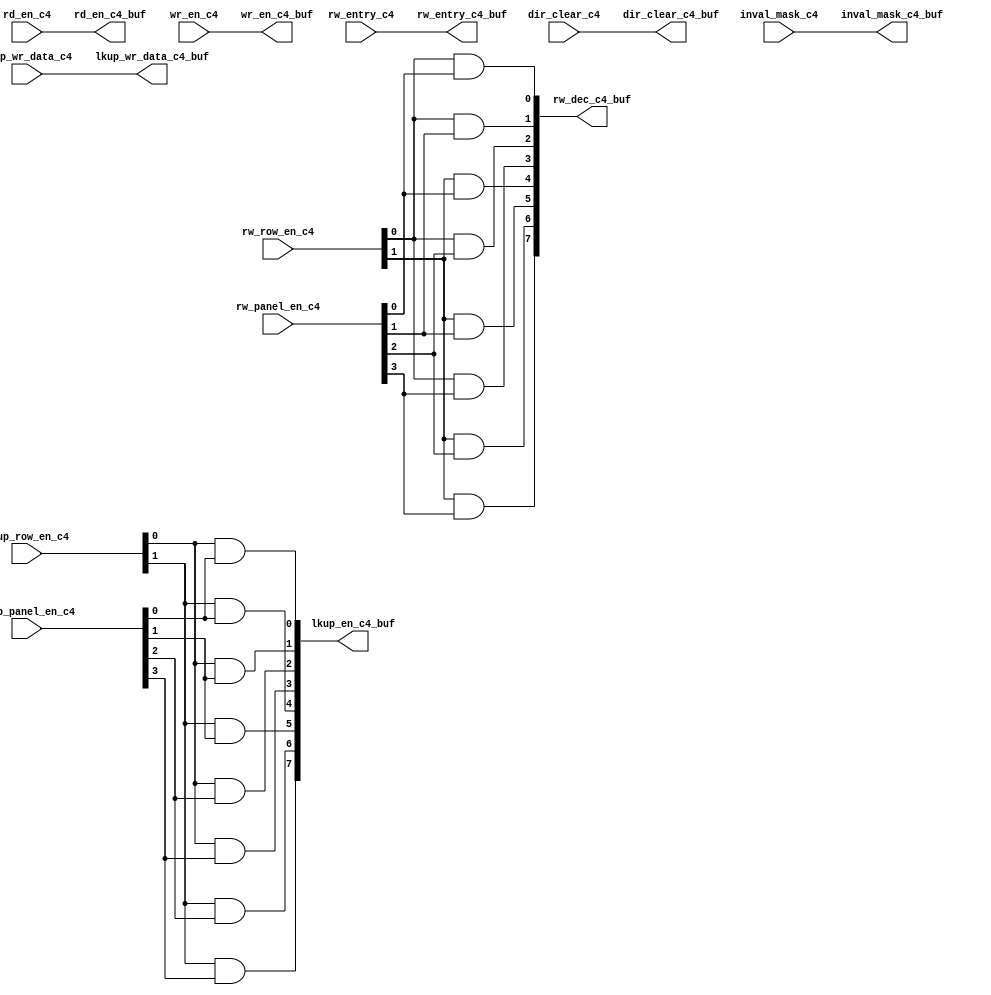
// ========== Copyright Header Begin ==========================================
// 
// OpenSPARC T1 Processor File: sctag_dirl_buf.v
// Copyright (c) 2006 Sun Microsystems, Inc.  All Rights Reserved.
// DO NOT ALTER OR REMOVE COPYRIGHT NOTICES.
// 
// The above named program is free software; you can redistribute it and/or
// modify it under the terms of the GNU General Public
// License version 2 as published by the Free Software Foundation.
// 
// The above named program is distributed in the hope that it will be 
// useful, but WITHOUT ANY WARRANTY; without even the implied warranty of
// MERCHANTABILITY or FITNESS FOR A PARTICULAR PURPOSE.  See the GNU
// General Public License for more details.
// 
// You should have received a copy of the GNU General Public
// License along with this work; if not, write to the Free Software
// Foundation, Inc., 51 Franklin St, Fifth Floor, Boston, MA 02110-1301, USA.
// 
// ========== Copyright Header End ============================================
module sctag_dirl_buf(/*AUTOARG*/
   // Outputs
   lkup_en_c4_buf, inval_mask_c4_buf, rw_dec_c4_buf, rd_en_c4_buf, 
   wr_en_c4_buf, rw_entry_c4_buf, lkup_wr_data_c4_buf, 
   dir_clear_c4_buf, 
   // Inputs
   rd_en_c4, wr_en_c4, inval_mask_c4, rw_row_en_c4, rw_panel_en_c4, 
   rw_entry_c4, lkup_row_en_c4, lkup_panel_en_c4, lkup_wr_data_c4, 
   dir_clear_c4
   );


input		rd_en_c4;	// Right
input		wr_en_c4;	// Right
input	[7:0]	inval_mask_c4;	// Right
input	[1:0]	rw_row_en_c4;	// Right
input	[3:0]	rw_panel_en_c4;	// Right
input	[5:0]	rw_entry_c4;	// Right
input	[1:0]	lkup_row_en_c4; // qualified already	// Right
input	[3:0]	lkup_panel_en_c4; // qualified already	// Right
input	[32:0]	lkup_wr_data_c4;  // Bottom
input		dir_clear_c4; // Right

output	[7:0]	lkup_en_c4_buf ;  // Left
output	[7:0]	inval_mask_c4_buf ; // Left
output	[7:0]	rw_dec_c4_buf; // Left
output		rd_en_c4_buf ; // Left
output		wr_en_c4_buf ; // Left
output	[5:0]	rw_entry_c4_buf; // Left
output	[32:0]	lkup_wr_data_c4_buf; // Left 31(top) to 0(bottom)
output		dir_clear_c4_buf; // Left




assign	inval_mask_c4_buf = inval_mask_c4 ;

assign	rd_en_c4_buf = rd_en_c4 ;

assign	wr_en_c4_buf = wr_en_c4 ;

assign	rw_entry_c4_buf = rw_entry_c4 ;

assign	lkup_wr_data_c4_buf = lkup_wr_data_c4 ;

assign	lkup_en_c4_buf[0] = lkup_row_en_c4[0] & lkup_panel_en_c4[0] ;
assign	lkup_en_c4_buf[1] = lkup_row_en_c4[0] & lkup_panel_en_c4[1] ;
assign	lkup_en_c4_buf[2] = lkup_row_en_c4[0] & lkup_panel_en_c4[2] ;
assign	lkup_en_c4_buf[3] = lkup_row_en_c4[0] & lkup_panel_en_c4[3] ;
assign	lkup_en_c4_buf[4] = lkup_row_en_c4[1] & lkup_panel_en_c4[0] ;
assign	lkup_en_c4_buf[5] = lkup_row_en_c4[1] & lkup_panel_en_c4[1] ;
assign	lkup_en_c4_buf[6] = lkup_row_en_c4[1] & lkup_panel_en_c4[2] ;
assign	lkup_en_c4_buf[7] = lkup_row_en_c4[1] & lkup_panel_en_c4[3] ;
assign	dir_clear_c4_buf = dir_clear_c4 ;

assign	rw_dec_c4_buf[0] = rw_row_en_c4[0] & rw_panel_en_c4[0] ;
assign	rw_dec_c4_buf[1] = rw_row_en_c4[0] & rw_panel_en_c4[1] ;
assign	rw_dec_c4_buf[2] = rw_row_en_c4[0] & rw_panel_en_c4[2] ;
assign	rw_dec_c4_buf[3] = rw_row_en_c4[0] & rw_panel_en_c4[3] ;
assign	rw_dec_c4_buf[4] = rw_row_en_c4[1] & rw_panel_en_c4[0] ;
assign	rw_dec_c4_buf[5] = rw_row_en_c4[1] & rw_panel_en_c4[1] ;
assign	rw_dec_c4_buf[6] = rw_row_en_c4[1] & rw_panel_en_c4[2] ;
assign	rw_dec_c4_buf[7] = rw_row_en_c4[1] & rw_panel_en_c4[3] ;

endmodule